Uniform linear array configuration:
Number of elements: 48
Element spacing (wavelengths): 1
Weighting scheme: hann
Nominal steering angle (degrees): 0
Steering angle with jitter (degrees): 0.9275
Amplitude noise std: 0.05
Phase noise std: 0.05

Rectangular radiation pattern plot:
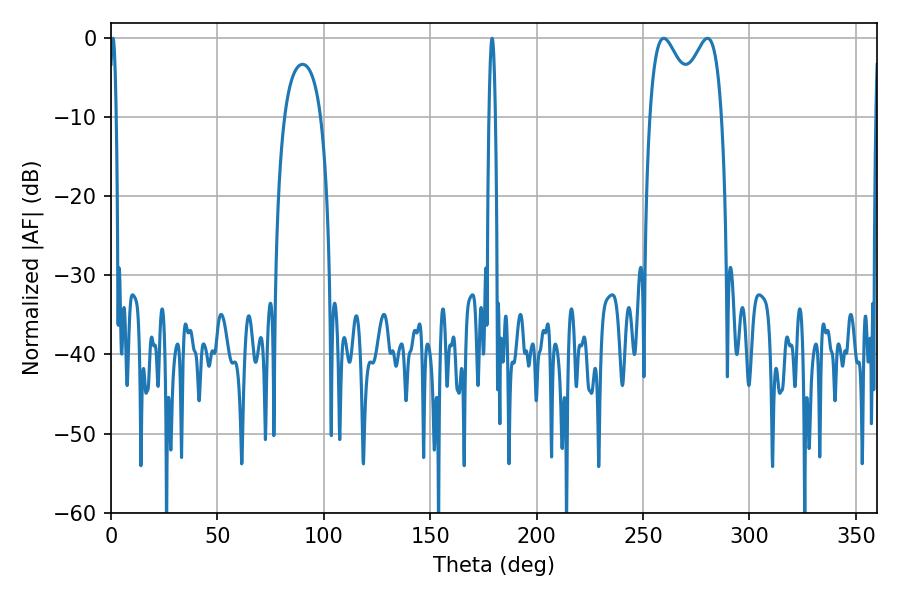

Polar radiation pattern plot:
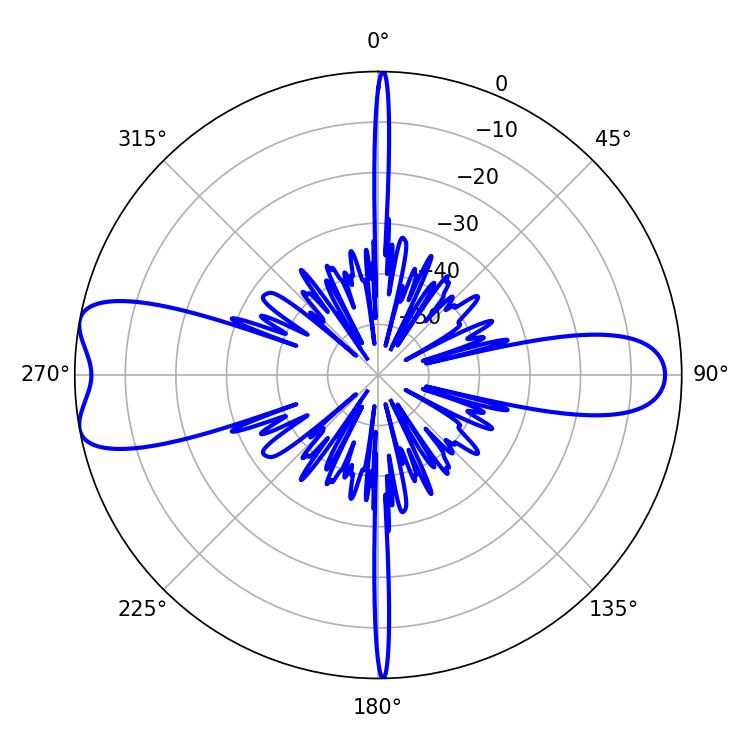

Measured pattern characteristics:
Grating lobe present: TRUE
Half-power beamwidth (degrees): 12.06
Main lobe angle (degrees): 259.74